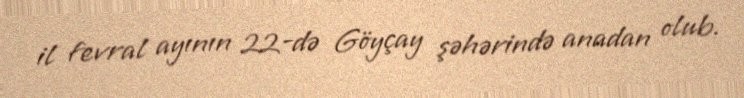
il fevral ayının 22-də Göyçay şəhərində anadan olub.